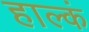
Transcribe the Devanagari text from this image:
हाल्कं